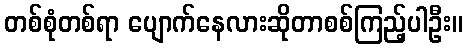
တစ်စုံတစ်ရာ ပျောက်နေလားဆိုတာစစ်ကြည့်ပါဦး။